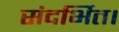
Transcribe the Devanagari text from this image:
संदर्भित।